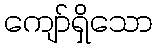
ကျော်ရှိသော